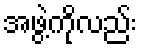
အဖွဲ့ကိုလည်း